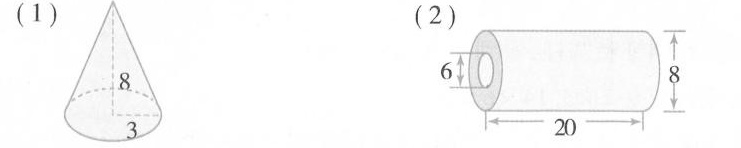
(1) (2)